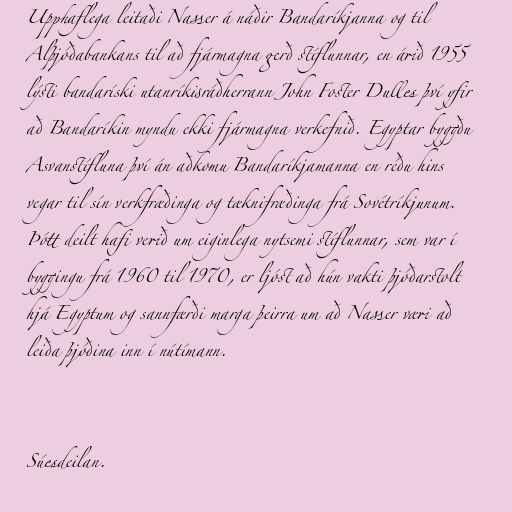
Upphaflega leitaði Nasser á náðir Bandaríkjanna og til
Alþjóðabankans til að fjármagna gerð stíflunnar, en árið 1955
lýsti bandaríski utanríkisráðherrann John Foster Dulles því yfir
að Bandaríkin myndu ekki fjármagna verkefnið. Egyptar byggðu
Asvanstífluna því án aðkomu Bandaríkjamanna en réðu hins
vegar til sín verkfræðinga og tæknifræðinga frá Sovétríkjunum.
Þótt deilt hafi verið um eiginlega nytsemi stíflunnar, sem var í
byggingu frá 1960 til 1970, er ljóst að hún vakti þjóðarstolt
hjá Egyptum og sannfærði marga þeirra um að Nasser væri að
leiða þjóðina inn í nútímann.

Súesdeilan.